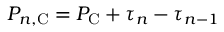
P _ { n , { \mathrm C } } = P _ { \mathrm C } + \tau _ { n } - \tau _ { n - 1 }